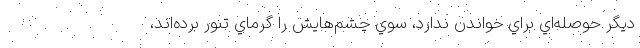
ديگر حوصله‌اي براي خواندن ندارد، سوي چشم‌هايش را گرماي تنور برده‌اند،